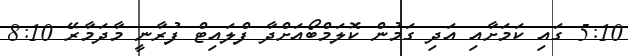
5:10 ގައި ކަމަށާއި އަދި ގަމުން ކޮލަމްބޯއަށްދާ ފްލައިޓް ފުރާނީ މާދަމާރޭ 8:10